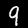
Digit: 9